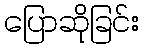
ပြောဆိုခြင်း